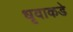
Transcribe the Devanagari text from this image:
धृवाकडे